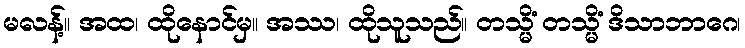
မလန့်။ အထ၊ ထိုနောင်မှ။ အဿ၊ ထိုသူသည်။ တသ္မိံ တသ္မိံ ဒိသာဘာဂေ၊